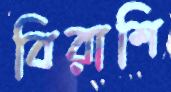
বিরাশি